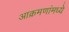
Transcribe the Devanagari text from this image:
आक्रमणांमध्ये